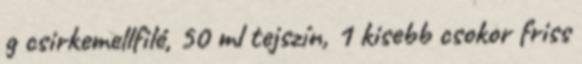
g csirkemellfilé, 50 ml tejszín, 1 kisebb csokor friss